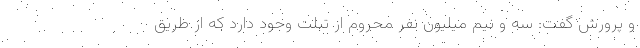
و پرورش گفت: سه و نیم میلیون نفر محروم از تبلت وجود دارد که از طریق